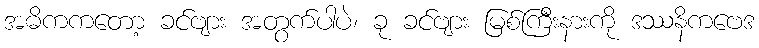
အဓိကကတော့ ခင်ဗျား အတွက်ပါပဲ၊ ခု ခင်ဗျား မြစ်ကြီးနားကို ဒဿနိကဗေဒ